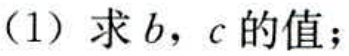
(1) 求 \(b\)，\(c\) 的值；